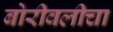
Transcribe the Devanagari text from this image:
बोरीवलीचा